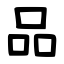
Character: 品